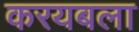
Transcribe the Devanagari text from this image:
करयबला